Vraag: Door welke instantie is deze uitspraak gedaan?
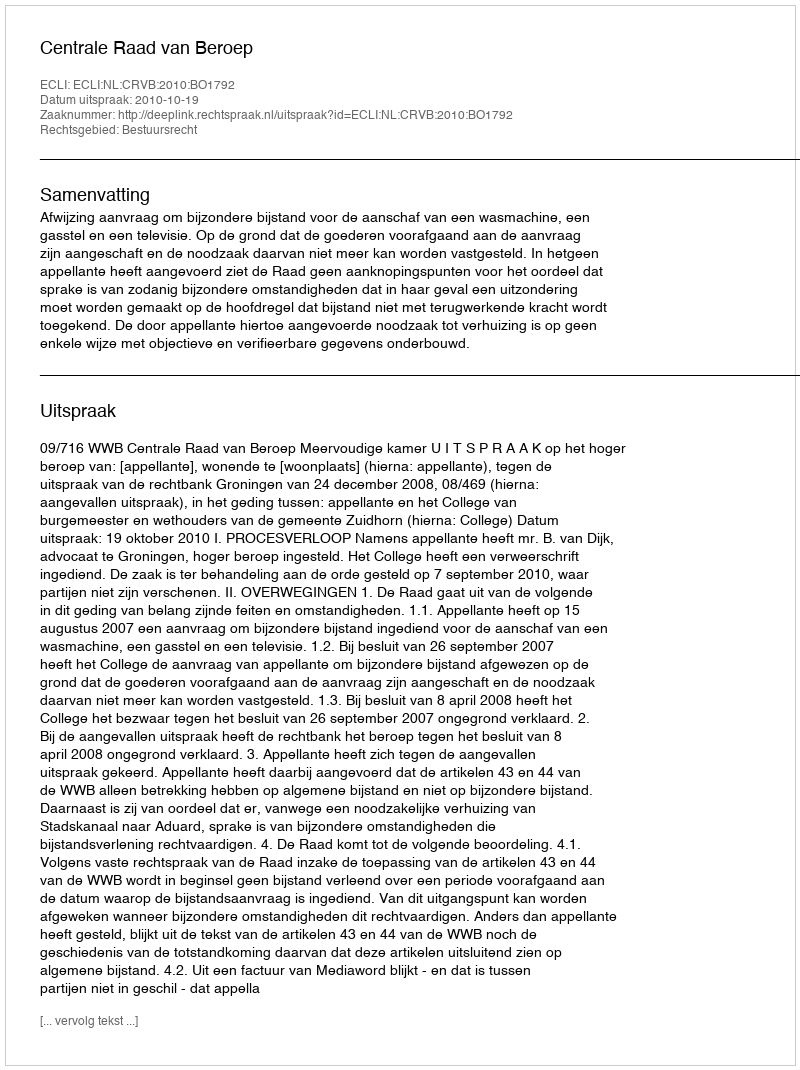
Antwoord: Centrale Raad van Beroep